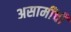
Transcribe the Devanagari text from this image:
असामींची